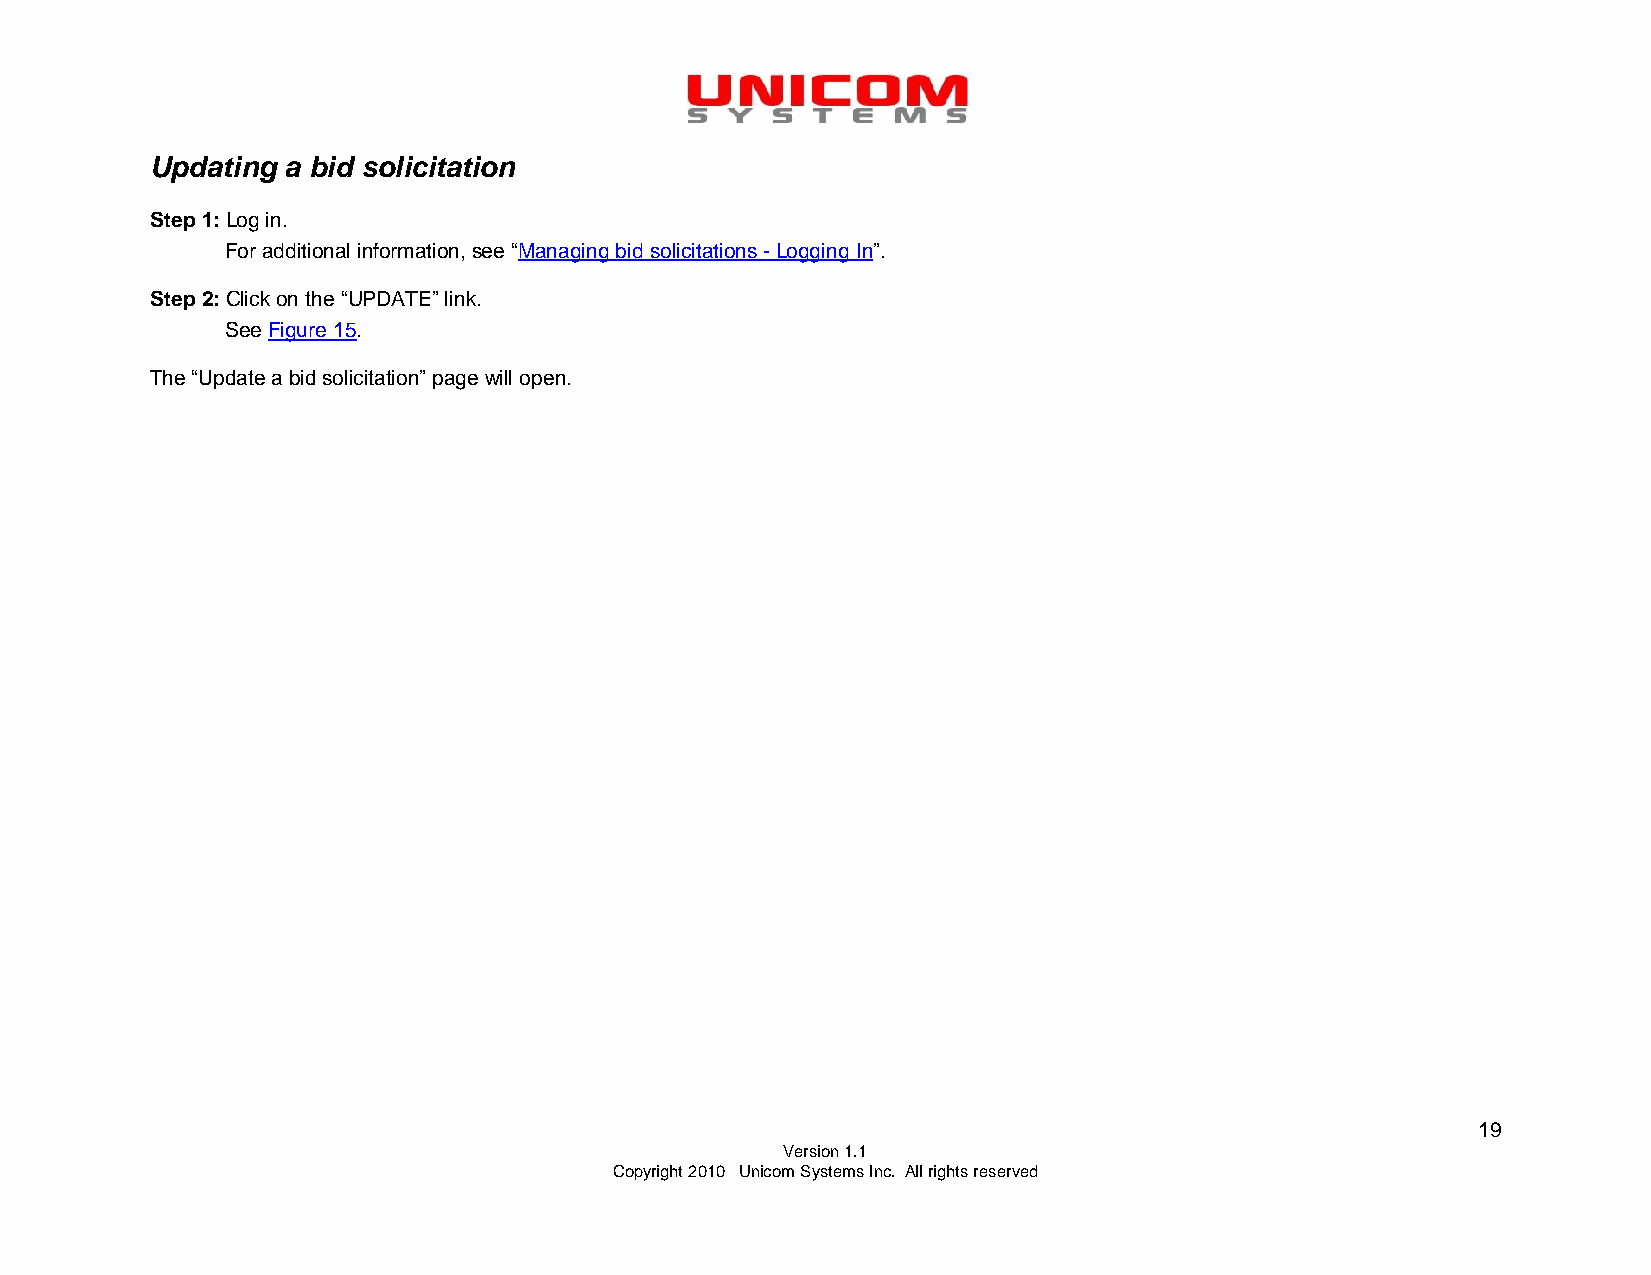
Updating a bid solicitation
 Step 1: Log in.
 For additional information, see “Managing bid solicitations - Logging In”.
 Step 2: Click on the “UPDATE” link.
 See Figure 15.
 The “Update a bid solicitation” page will open.
 19
 Version 1.1
 Copyright 2010 Unicom Systems Inc. All rights reserved